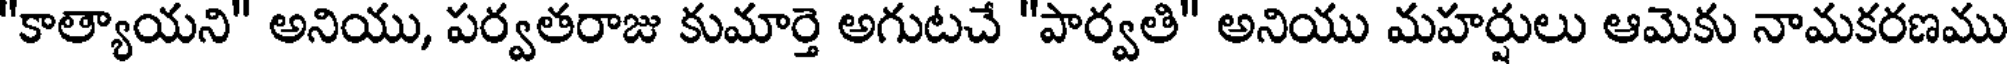
"కాత్యాయని" అనియు, పర్వతరాజు కుమార్తె అగుటచే "పార్వతి" అనియు మహర్షులు ఆమెకు నామకరణము